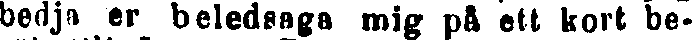
bedja er beledsaga mig på ett kort be-